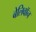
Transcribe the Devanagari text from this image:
बेलिवॉन